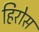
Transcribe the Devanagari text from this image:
हिरोस